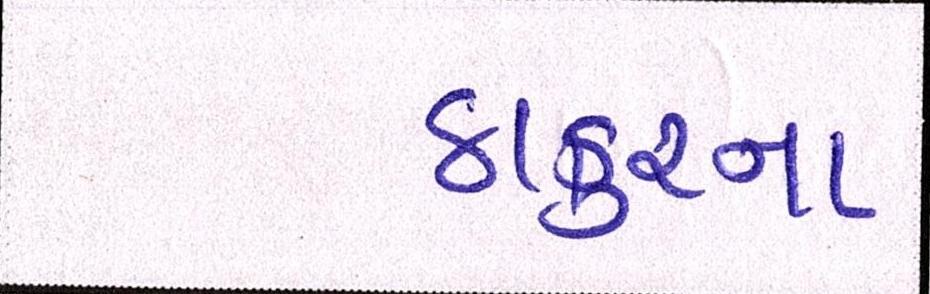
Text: ઠાકુરના